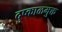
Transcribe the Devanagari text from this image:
दुष्काळमुक्त